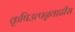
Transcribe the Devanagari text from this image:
कृषिउत्पन्नवाढीस